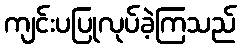
ကျင်းပပြုလုပ်ခဲ့ကြသည်